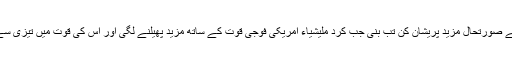
ترک حکومت کیلئے صورتحال مزید پریشان کن تب بنی جب کرد ملیشیاء امریکی فوجی قوت کے ساتھ مزید پھیلنے لگی اور اس کی قوت میں تیزی سے اضافہ ہونے لگا۔